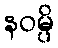
နဝမ္ပိ